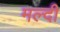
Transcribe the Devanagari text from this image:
मल्दी